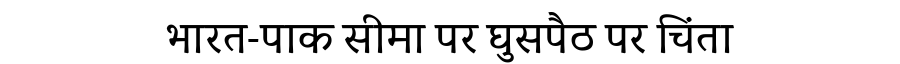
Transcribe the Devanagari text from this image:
भारत-पाक सीमा पर घुसपैठ पर चिंता